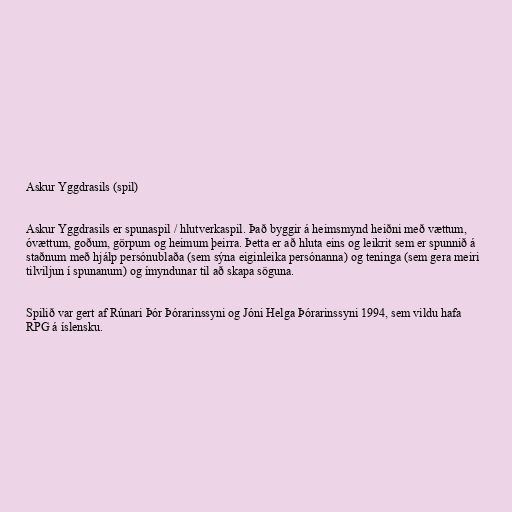
Askur Yggdrasils (spil)

Askur Yggdrasils er spunaspil / hlutverkaspil. Það byggir á heimsmynd heiðni með vættum,
óvættum, goðum, görpum og heimum þeirra. Þetta er að hluta eins og leikrit sem er spunnið á
staðnum með hjálp persónublaða (sem sýna eiginleika persónanna) og teninga (sem gera meiri
tilviljun í spunanum) og ímyndunar til að skapa söguna.

Spilið var gert af Rúnari Þór Þórarinssyni og Jóni Helga Þórarinssyni 1994, sem vildu hafa
RPG á íslensku.